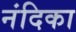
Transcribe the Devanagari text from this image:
नंदिका